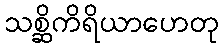
သစ္ဆိကိရိယာဟေတု